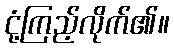
ငုံ့ကြည့်လိုက်၏။